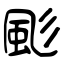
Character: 颩